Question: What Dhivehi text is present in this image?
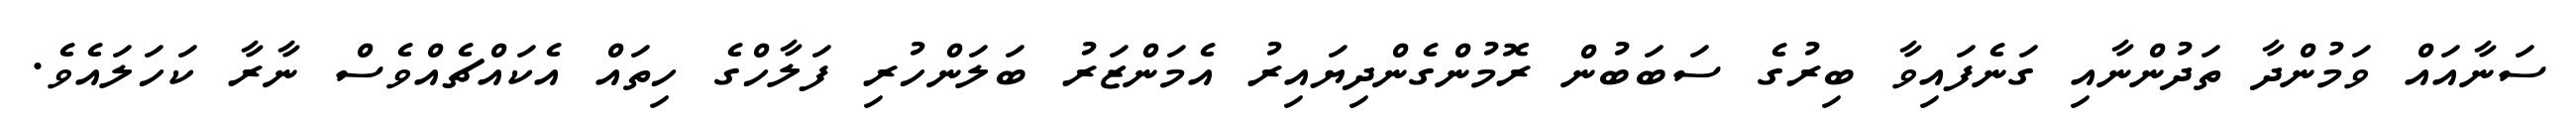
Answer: ސަނާއައް ވަމުންދާ ތަދުންނާއި ގަނެފައިވާ ބިރުގެ ސަބަބުން ރޮމުންގެންދިޔައިރު އެމަންޒަރު ބަލަންހުރި ފަލާހްގެ ހިތައް އެކައްޗެއްވެސް ނާރާ ކަހަލައެވެ.